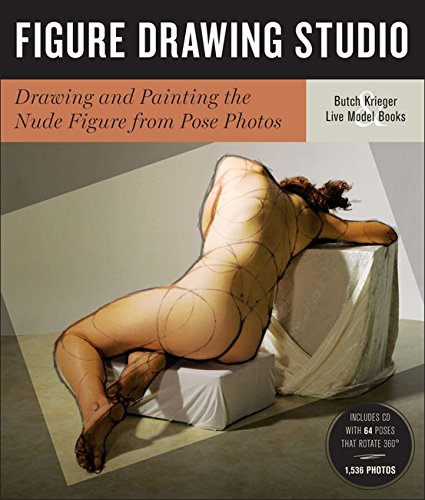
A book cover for Figure Drawing Studio: Drawing and Painting the Nude Figure from Pose Photos; Butch Krieger; Arts & Photography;